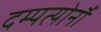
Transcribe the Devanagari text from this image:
दम्पत्योर्नौ